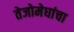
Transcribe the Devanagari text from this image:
तेजोमेघांचा